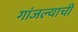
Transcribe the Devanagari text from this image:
गांजल्याची